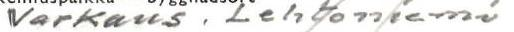
Varkaus, Lehtoniemi